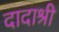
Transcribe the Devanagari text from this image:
दादाश्री